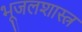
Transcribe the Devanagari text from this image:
भूजलशास्त्र